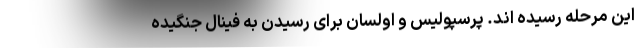
این مرحله رسیده اند. پرسپولیس و اولسان برای رسیدن به فینال جنگیده